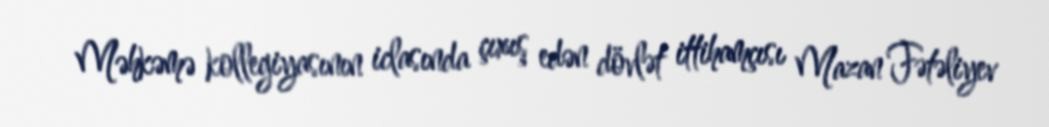
Məhkəmə kollegiyasının iclasında çıxış edən dövlət ittihamçısı Mazan Fətəliyev